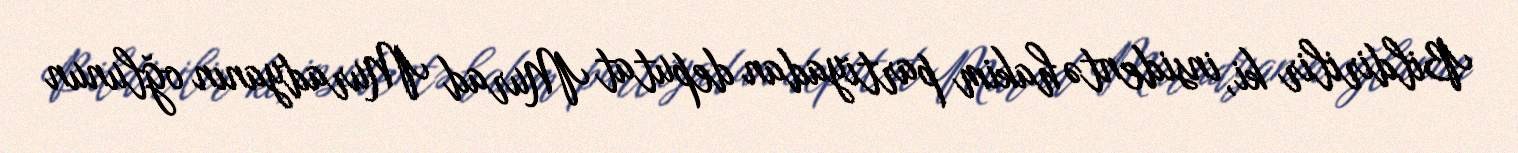
Bildirilir ki, insidentə hakim partiyadan deputat Murad Muradyanın oğlunun